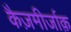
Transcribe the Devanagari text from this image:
कैज़मीर्जाक़